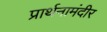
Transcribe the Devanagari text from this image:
प्रार्थनामंदीर